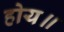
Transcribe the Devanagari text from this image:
होय॥